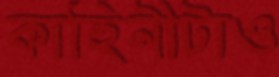
কাহিনীটাও